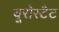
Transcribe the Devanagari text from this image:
यूरोस्टैट